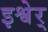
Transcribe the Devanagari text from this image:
इश्वेर्